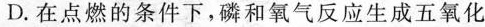
D.在点燃的条件下，磷和氧气反应生成五氧化